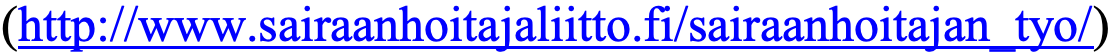
(http://www.sairaanhoitajaliitto.fi/sairaanhoitajan_tyo/)